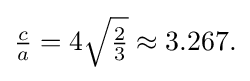
{\textstyle {\frac {c}{a}}=4{\sqrt {\frac {2}{3}}}\approx 3.267.}